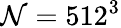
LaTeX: \mathcal{N}=512^{3}